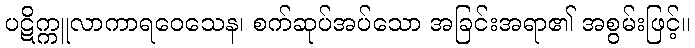
ပဋိက္ကူလာကာရဝေသေန၊ စက်ဆုပ်အပ်သော အခြင်းအရာ၏ အစွမ်းဖြင့်။